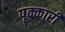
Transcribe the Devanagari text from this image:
पूक्कारी